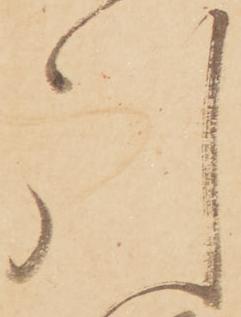
引